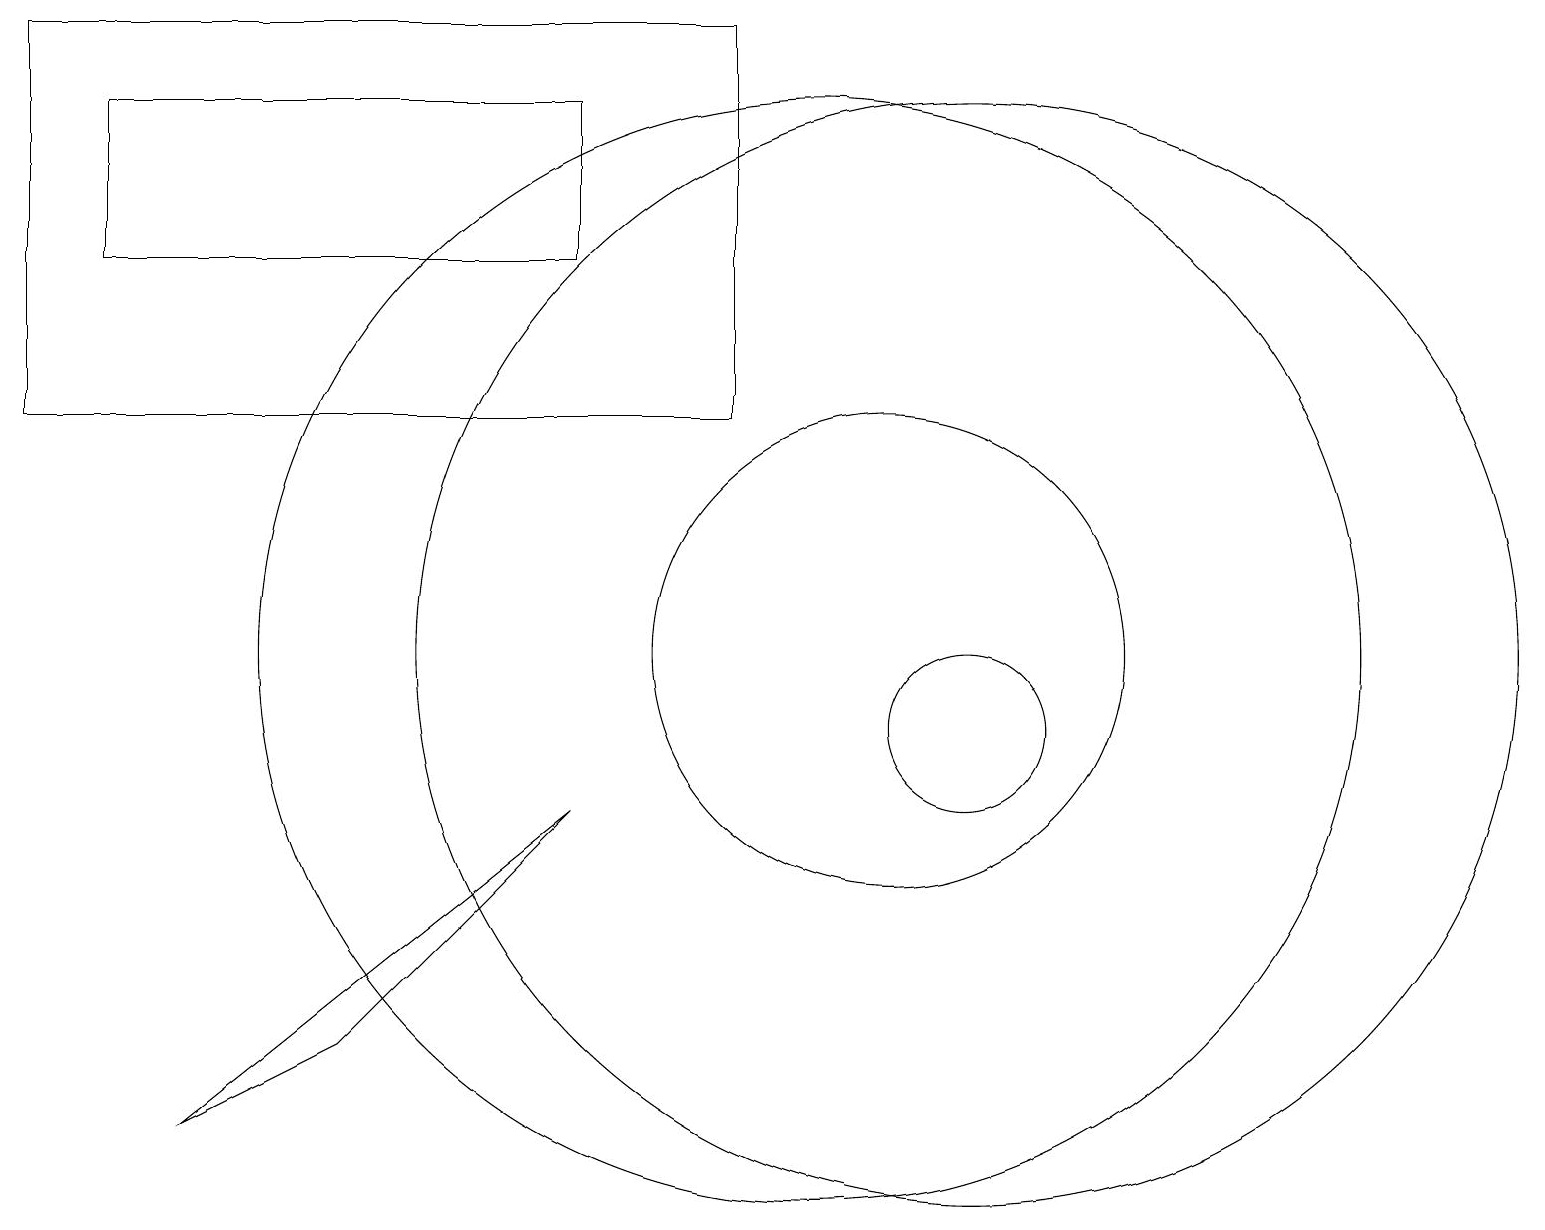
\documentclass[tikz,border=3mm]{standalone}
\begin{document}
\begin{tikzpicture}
\draw (1,18) rectangle (7,16);
\draw (12,11) circle (7);
\draw (12,10) circle (1);
\draw (2,5) -- (4,6) -- (7,9) -- cycle;
\draw (9,19) rectangle (0,14);
\draw (10,11) circle (7);
\draw (11,11) circle (3);
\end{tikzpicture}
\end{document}